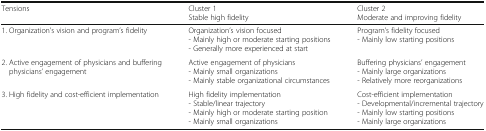
<table><thead><tr><td><b>Tensions</b></td><td><b>Cluster 1Stable high fidelity</b></td><td><b>Cluster 2Moderate and improving fidelity</b></td></tr></thead><tbody><tr><td>1. Organization’s vision and program’s fidelity</td><td>Organization’s vision focused- Mainly high or moderate starting positions- Generally more experienced at start</td><td>Program’s fidelity focused- Mainly low starting positions</td></tr><tr><td>2. Active engagement of physicians and buffering physicians’ engagement</td><td>Active engagement of physicians- Mainly small organizations- Mainly stable organizational circumstances</td><td>Buffering physicians’ engagement- Mainly large organizations- Relatively more reorganizations</td></tr><tr><td>3. High fidelity and cost-efficient implementation</td><td>High fidelity implementation- Stable/linear trajectory- Mainly high or moderate starting position- Mainly small organizations</td><td>Cost-efficient implementation- Developmental/incremental trajectory- Mainly low starting positions- Mainly large organizations</td></tr></tbody></table>